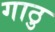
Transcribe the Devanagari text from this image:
गाठु